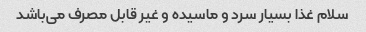
سلام غذا بسیار سرد و ماسیده و غیر قابل مصرف می‌باشد